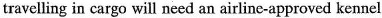
travelling in cargo will need an airline-approved kennel